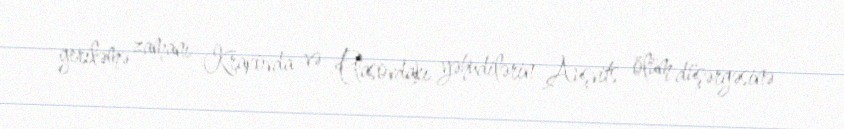
geriləmə zamanı Krakovda və Plasovdakı yəhudilərin Auşvits ölüm düşərgəsinə